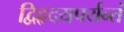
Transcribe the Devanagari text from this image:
द्विहृदयपर्यन्तं